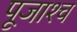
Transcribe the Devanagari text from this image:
पूजाश्‍च